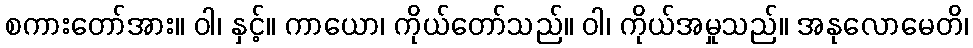
စကားတော်အား။ ဝါ၊ နှင့်။ ကာယော၊ ကိုယ်တော်သည်။ ဝါ၊ ကိုယ်အမှုသည်။ အနုလောမေတိ၊